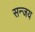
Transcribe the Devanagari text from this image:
सन्जय